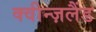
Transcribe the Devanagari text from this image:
क्वीन्ज़लैंड